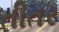
તીતર